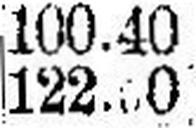
122.50